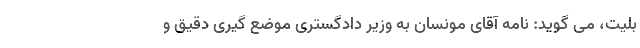
بلیت، می گوید: نامه آقای مونسان به وزیر دادگستری موضع گیری دقیق و